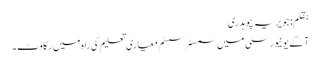
بقلم: جویریہ چوہدری
آگے یونیورسٹی میں سمسٹر سسٹم معیاری تعلیم کی راہ میں رکاوٹ۔